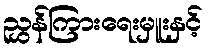
ညွှန်ကြားရေးမှူးနှင့်